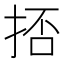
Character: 㧵